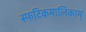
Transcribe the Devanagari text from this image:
स्फटिकमालिकाम्